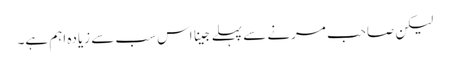
لیکن صاحب مرنے سے پہلے جینا اس سب سے زیادہ اہم ہے۔